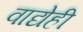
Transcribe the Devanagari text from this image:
वाद्येही